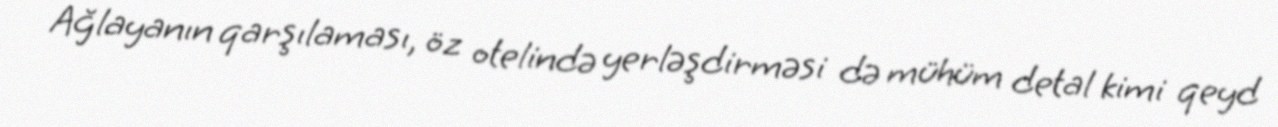
Ağlayanın qarşılaması, öz otelində yerləşdirməsi də mühüm detal kimi qeyd